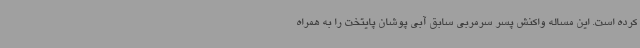
کرده است. این مساله واکنش پسر سرمربی سابق آبی پوشان پایتخت را به همراه